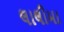
લાલીમા